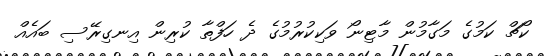
ކޯޗް ކަމުގެ މަގާމުން މާޓިނޯ ވަކިކުރުމުގެ ދެ ހަފްތާ ކުރިން އިނގިރޭސި ބައެއް